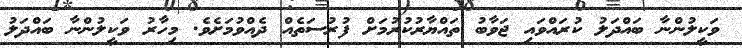
ވަކީލުންނާ ބައްދަލު ކުރައްވައި ޖަވާބު ތައްޔާރުކުރުމަށް ފުރުސަތެއް ދެއްވުމަށެވެ. މިހާރު ވަކީލުންނާ ބައްދަލު